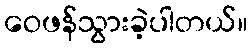
ဝေဖန်သွားခဲ့ပါတယ်။